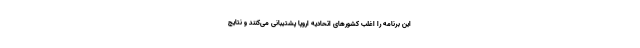
این برنامه را اغلب کشورهای اتحادیه اروپا پشتیبانی می‌کنند و نتایج